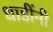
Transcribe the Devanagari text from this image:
धाडींनी